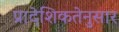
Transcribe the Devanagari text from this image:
प्रादेशिकतेनुसार